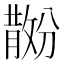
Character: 𪯗